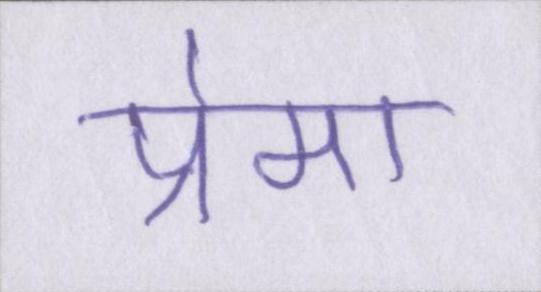
प्रेमा